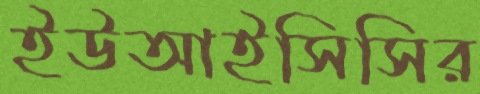
ইউআইসিসির